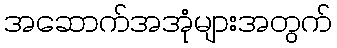
အဆောက်အအုံများအတွက်